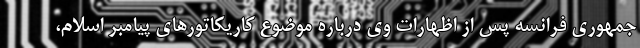
جمهوری فرانسه پس از اظهارات وی درباره موضوع کاریکاتورهای پیامبر اسلام،